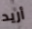
أريد